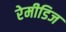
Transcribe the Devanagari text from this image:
रेमीडिज